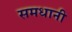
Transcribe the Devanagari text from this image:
समधानी